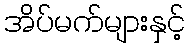
အိပ်မက်များနှင့်